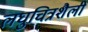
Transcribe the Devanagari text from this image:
लघुचित्रशैली